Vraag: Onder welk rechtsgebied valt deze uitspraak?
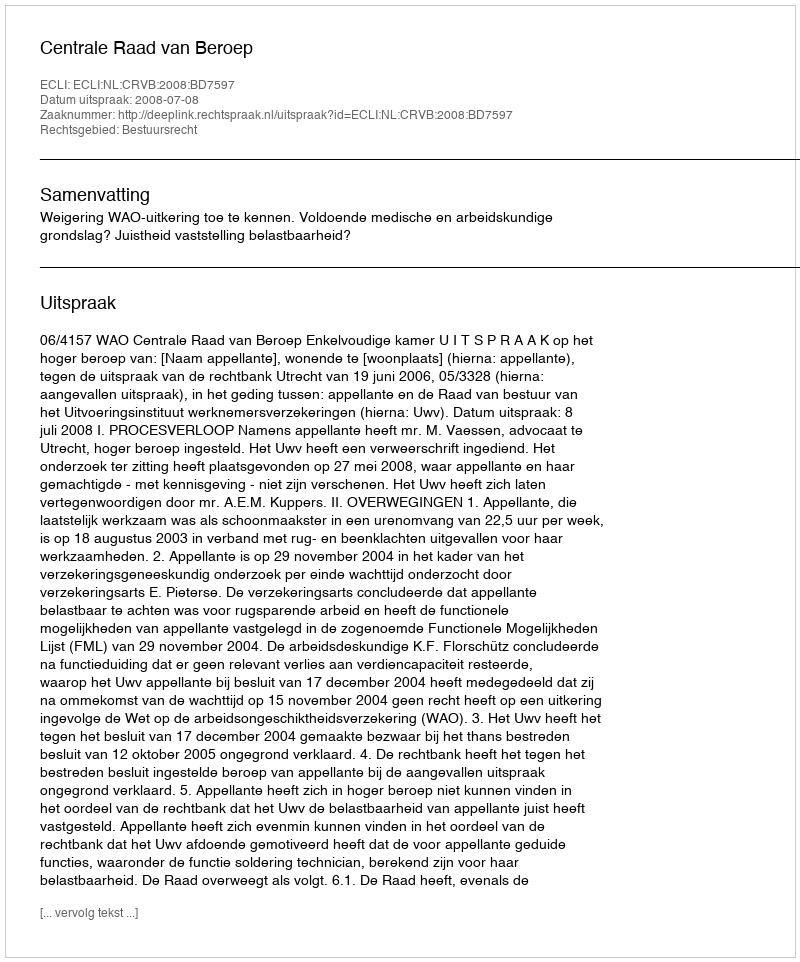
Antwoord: Bestuursrecht